Report of the Municipal Commissioner on the plague in Bombay for the year ending 31st May... - Volume 2
Disease focus: Plague
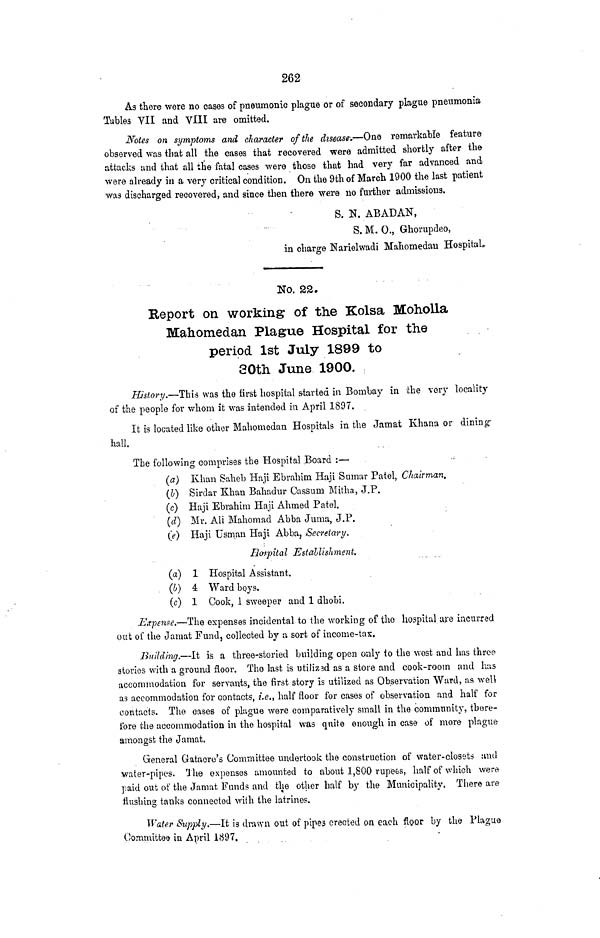
262
As there were no cases of pneumonic plague or of secondary plague pneumonia
Tables VII and VIII are omitted.
Notes on symptoms and character of the disease-.—One remarkable feature
observed was that all the cases that recovered were admitted shortly after the
attacks and that all the fatal cases were those that had very far advanced and
were already in a very critical condition. On the 9th of March 1900 the last patient
was discharged recovered, and since then there were no further admissions.
S. N. ABADAN,
S. M. 0,, Ghorupdeo,
in charge LTarielwadi Mahomedau Hospital*.
No. 22.
Report on working of the Kolsa Moholla
Mahomedan Plague Hospital for the
period 1st July 1899 to
30th June 1900.
History.—This was the first hospital started in Bombay in the very locality
of the people for whom it was intended in April 1897.
It is located like other Mahomedan Hospitals in the Jamat Khana or dining-
hall,
The following comprises the Hospital Board :—
(a) Khan Saheb Hnji Ebrahim Haji Sumar Patel, Chairman.
(1} Sirdar Khan Bahadur Cassum Mitha, J.P.
(c) Haji Ebrahim Haji Ahmed Patel.
(d) Mr. Ali Mahomad Abba Juma, J.P.
(e) Haji Usmaii Haji Abba, Secretary.
Hospital Establishment.
(a) 1 Hospital Assistant.
(b) 4 Ward boys.
(c) 1 Cook, 1 sweeper and 1 dhobi.
Expense.—The expenses incidental to the working of the hospital are incurred
out of the Jamat Fund, collected by a sort of income-tax.
Building.—It is a three-storied building open only to the west and lias throe
stories with a ground floor. Tho last is utilizsd as a store and cook-room and has
accommodation for servants, the first story is utilized as Observation Ward, as well
as accommodation for contacts, i.e., half floor for cases of observation and half for
contacts. The cases of plague were comparatively small in the community, there-
fore the accommodation in the hospital was quite enough in case of more plague-
amongst the Jamat.
General Gatacre's Committee undertook the construction of water-closets und
water-pipes. 'Jhe expenses amounted to about 1,800 rupees, half of which were
paid out of the Jamat Funds and the other half by the Municipality. There are
flushing tanks connected with the latrines.
Water Supply.—It is drawn out of pipes erected on each floor by the Plague
Committee in April 1897.